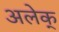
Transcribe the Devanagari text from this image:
अलेक्